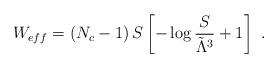
LaTeX: \begin{align*}W_{eff}=\left(N_c-1\right) S \left[ -\log{\frac{S}{\tilde{\Lambda}^3}}+1 \right] ~.\end{align*}